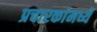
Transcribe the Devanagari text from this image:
प्रचारकांमध्ये